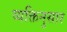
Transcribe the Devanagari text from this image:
व्यक्तिनुसार